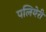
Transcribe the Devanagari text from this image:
पलियेरी